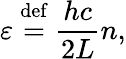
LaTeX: \varepsilon\ {\stackrel{\mathrm{def}}{=}}\ {\frac{hc}{2L}}n,